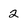
Character: 2